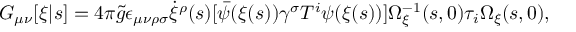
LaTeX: G _ { \mu \nu } [ \xi | s ] = 4 \pi { \tilde { g } } \epsilon _ { \mu \nu \rho \sigma } \dot { \xi } ^ { \rho } ( s ) [ { \bar { \psi } } ( \xi ( s ) ) \gamma ^ { \sigma } T ^ { i } \psi ( \xi ( s ) ) ] \Omega _ { \xi } ^ { - 1 } ( s , 0 ) \tau _ { i } \Omega _ { \xi } ( s , 0 ) ,